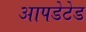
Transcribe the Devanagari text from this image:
आपडेटेड